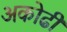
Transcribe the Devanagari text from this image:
अकोढी